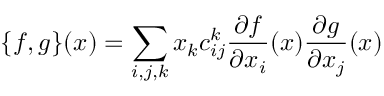
\{ f , g \} ( x ) = \sum _ { i , j , k } x _ { k } c _ { i j } ^ { k } \frac { \partial f } { \partial x _ { i } } ( x ) \frac { \partial g } { \partial x _ { j } } ( x )